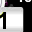
Digit: 1